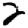
Digit: 2